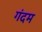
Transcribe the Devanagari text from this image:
गंदम